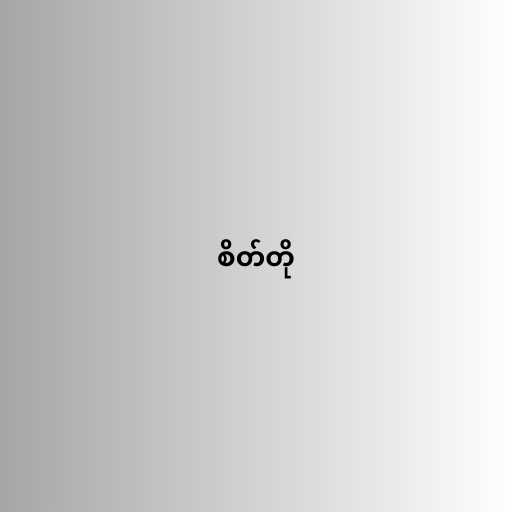
စိတ်တို